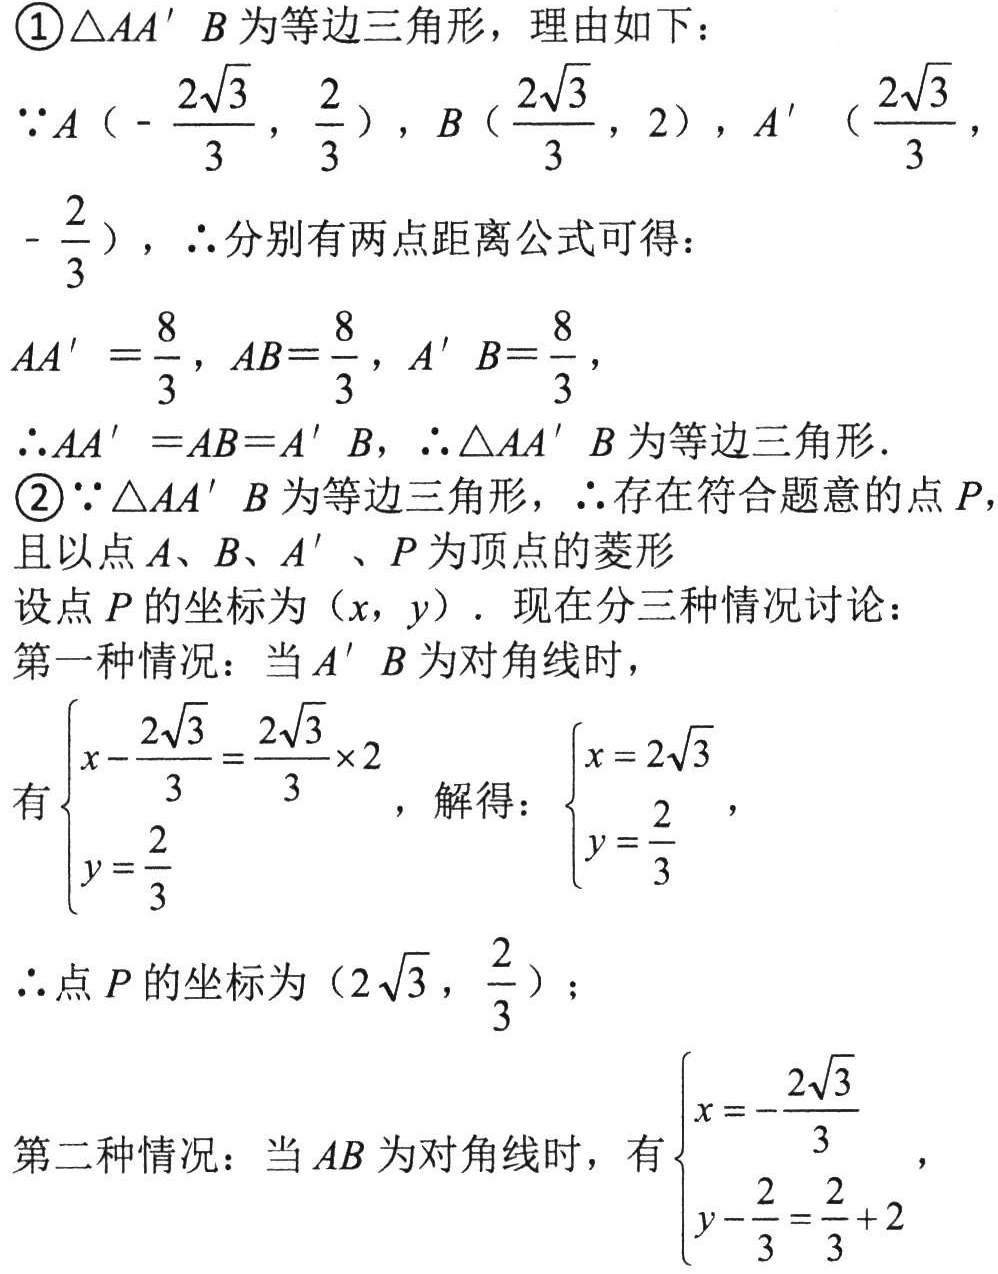
\textcircled{1}$\triangle AA'B$为等边三角形，理由如下：
$\because A\left(-\dfrac{2\sqrt{3}}{3},\dfrac{2}{3}\right)$，$B\left(\dfrac{2\sqrt{3}}{3},2\right)$，$A'\left(\dfrac{2\sqrt{3}}{3},-\dfrac{2}{3}\right)$，$\therefore$分别有两点距离公式可得：
$AA'=\dfrac{8}{3}$，$AB = \dfrac{8}{3}$，$A'B=\dfrac{8}{3}$，
$\therefore AA'=AB = A'B$，$\therefore \triangle AA'B$为等边三角形．
\textcircled{2}$\because \triangle AA'B$为等边三角形，$\therefore$存在符合题意的点$P$，
且以点$A$、$B$、$A'$、$P$为顶点的菱形
设点$P$的坐标为$(x,y)$．现在分三种情况讨论：
第一种情况：当$A'B$为对角线时，
有$\begin{cases}x - \dfrac{2\sqrt{3}}{3}=\dfrac{2\sqrt{3}}{3}\times2\\y=\dfrac{2}{3}\end{cases}$，解得：$\begin{cases}x = 2\sqrt{3}\\y=\dfrac{2}{3}\end{cases}$，
$\therefore$点$P$的坐标为$\left(2\sqrt{3},\dfrac{2}{3}\right)$；
第二种情况：当$AB$为对角线时，有$\begin{cases}x=-\dfrac{2\sqrt{3}}{3}\\y-\dfrac{2}{3}=\dfrac{2}{3}+2\end{cases}$，